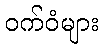
ဝက်ဝံများ